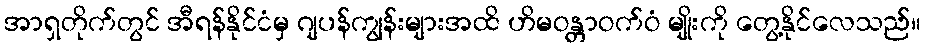
အာရှတိုက်တွင် အီရန်နိုင်ငံမှ ဂျပန်ကျွန်းများအထိ ဟိမဝန္တာဝက်ဝံ မျိုးကို တွေ့နိုင်လေသည်။